Punjab Mental Hospital Lahore 1932-46 - 1932-1946
Year: 1932
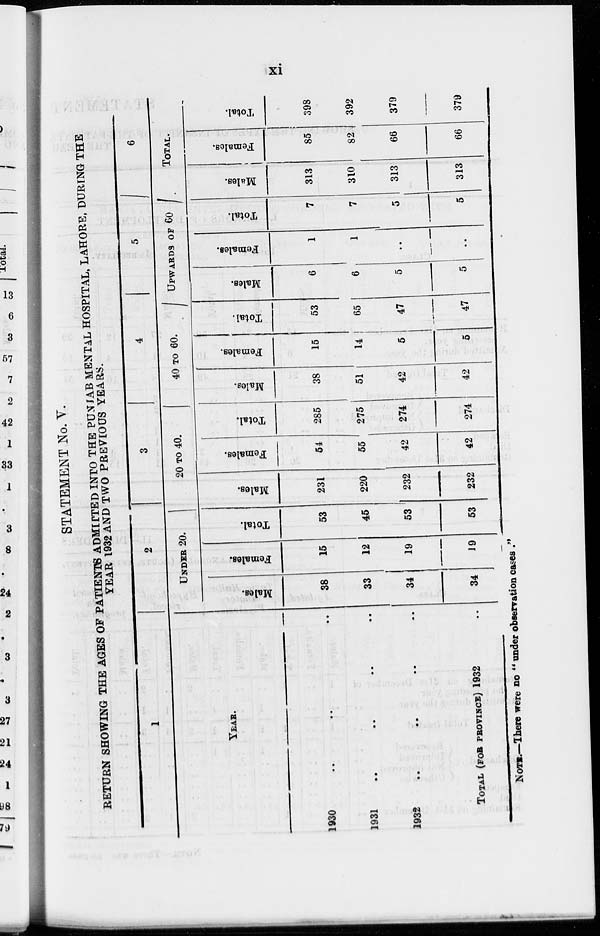
xi
STATEMENT No. V.
RETURN SHOWING THE AGES OF PATIENTS ADMITTED INTO THE PUNJAB MENTAL HOSPITAL, LAHORE, DURING THE
YEAR 1932 AND TWO PREVIOUS YEARS.
1
YEAR.
1930 .. .. .. ..
1931
..
..
..
..
1932
..
..
..
..
TOTAL (FOR PROVINCE) 1932 ..
2
UNDER 20.
Males.
38
33
34
34
Females.
15
12
19
19
Total.
53
45
53
53
3
20 TO 40.
Males.
231
220
232
232
Females.
54
55
42
42
Total.
285
275
274
274
4
40 TO 60.
Males.
38
51
42
42
Females.
15
14
5
5
Total.
53
65
47
47
5
UPWARDS OF 60
Males.
6
6
5
5
Females.
1
1
..
..
Total.
7
7
5
5
6
TOTAL.
Males.
313
310
313
313
Females.
85
82
66
66
Total.
398
392
379
379
NOTE.—There were no " under observation cases ."